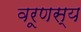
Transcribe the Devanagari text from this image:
वरूणस्य